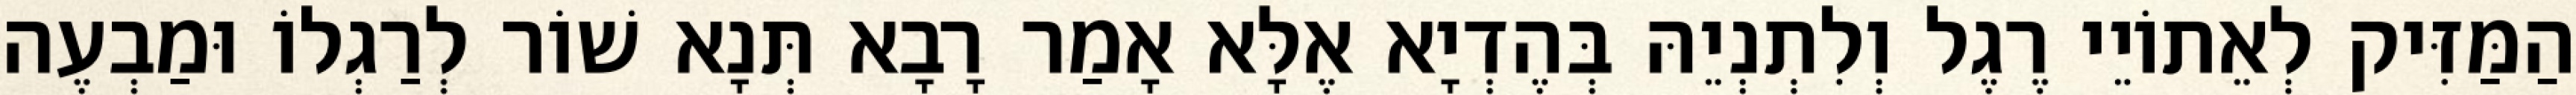
הַמַּזִּיק לְאֵתוֹיֵי רֶגֶל וְלִתְנְיֵהּ בְּהֶדְיָא אֶלָּא אָמַר רָבָא תְּנָא שׁוֹר לְרַגְלוֹ וּמַבְעֶה